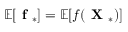
\mathbb { E } [ \textbf { f } _ { * } ] = \mathbb { E } [ f ( \textbf { X } _ { * } ) ]